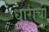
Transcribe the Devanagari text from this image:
धाराची